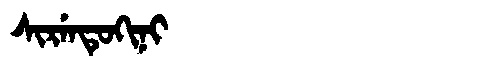
Manchu: ᠰᡳᡵᡝᠨᡨᡠᡴᡳᠨᡳ
Romanization: SIRENTUKINI